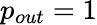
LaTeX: p_{out}=1